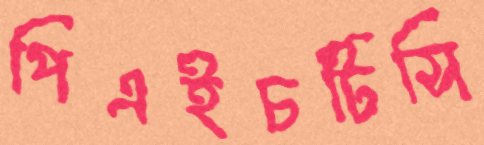
পিএইচটিসি